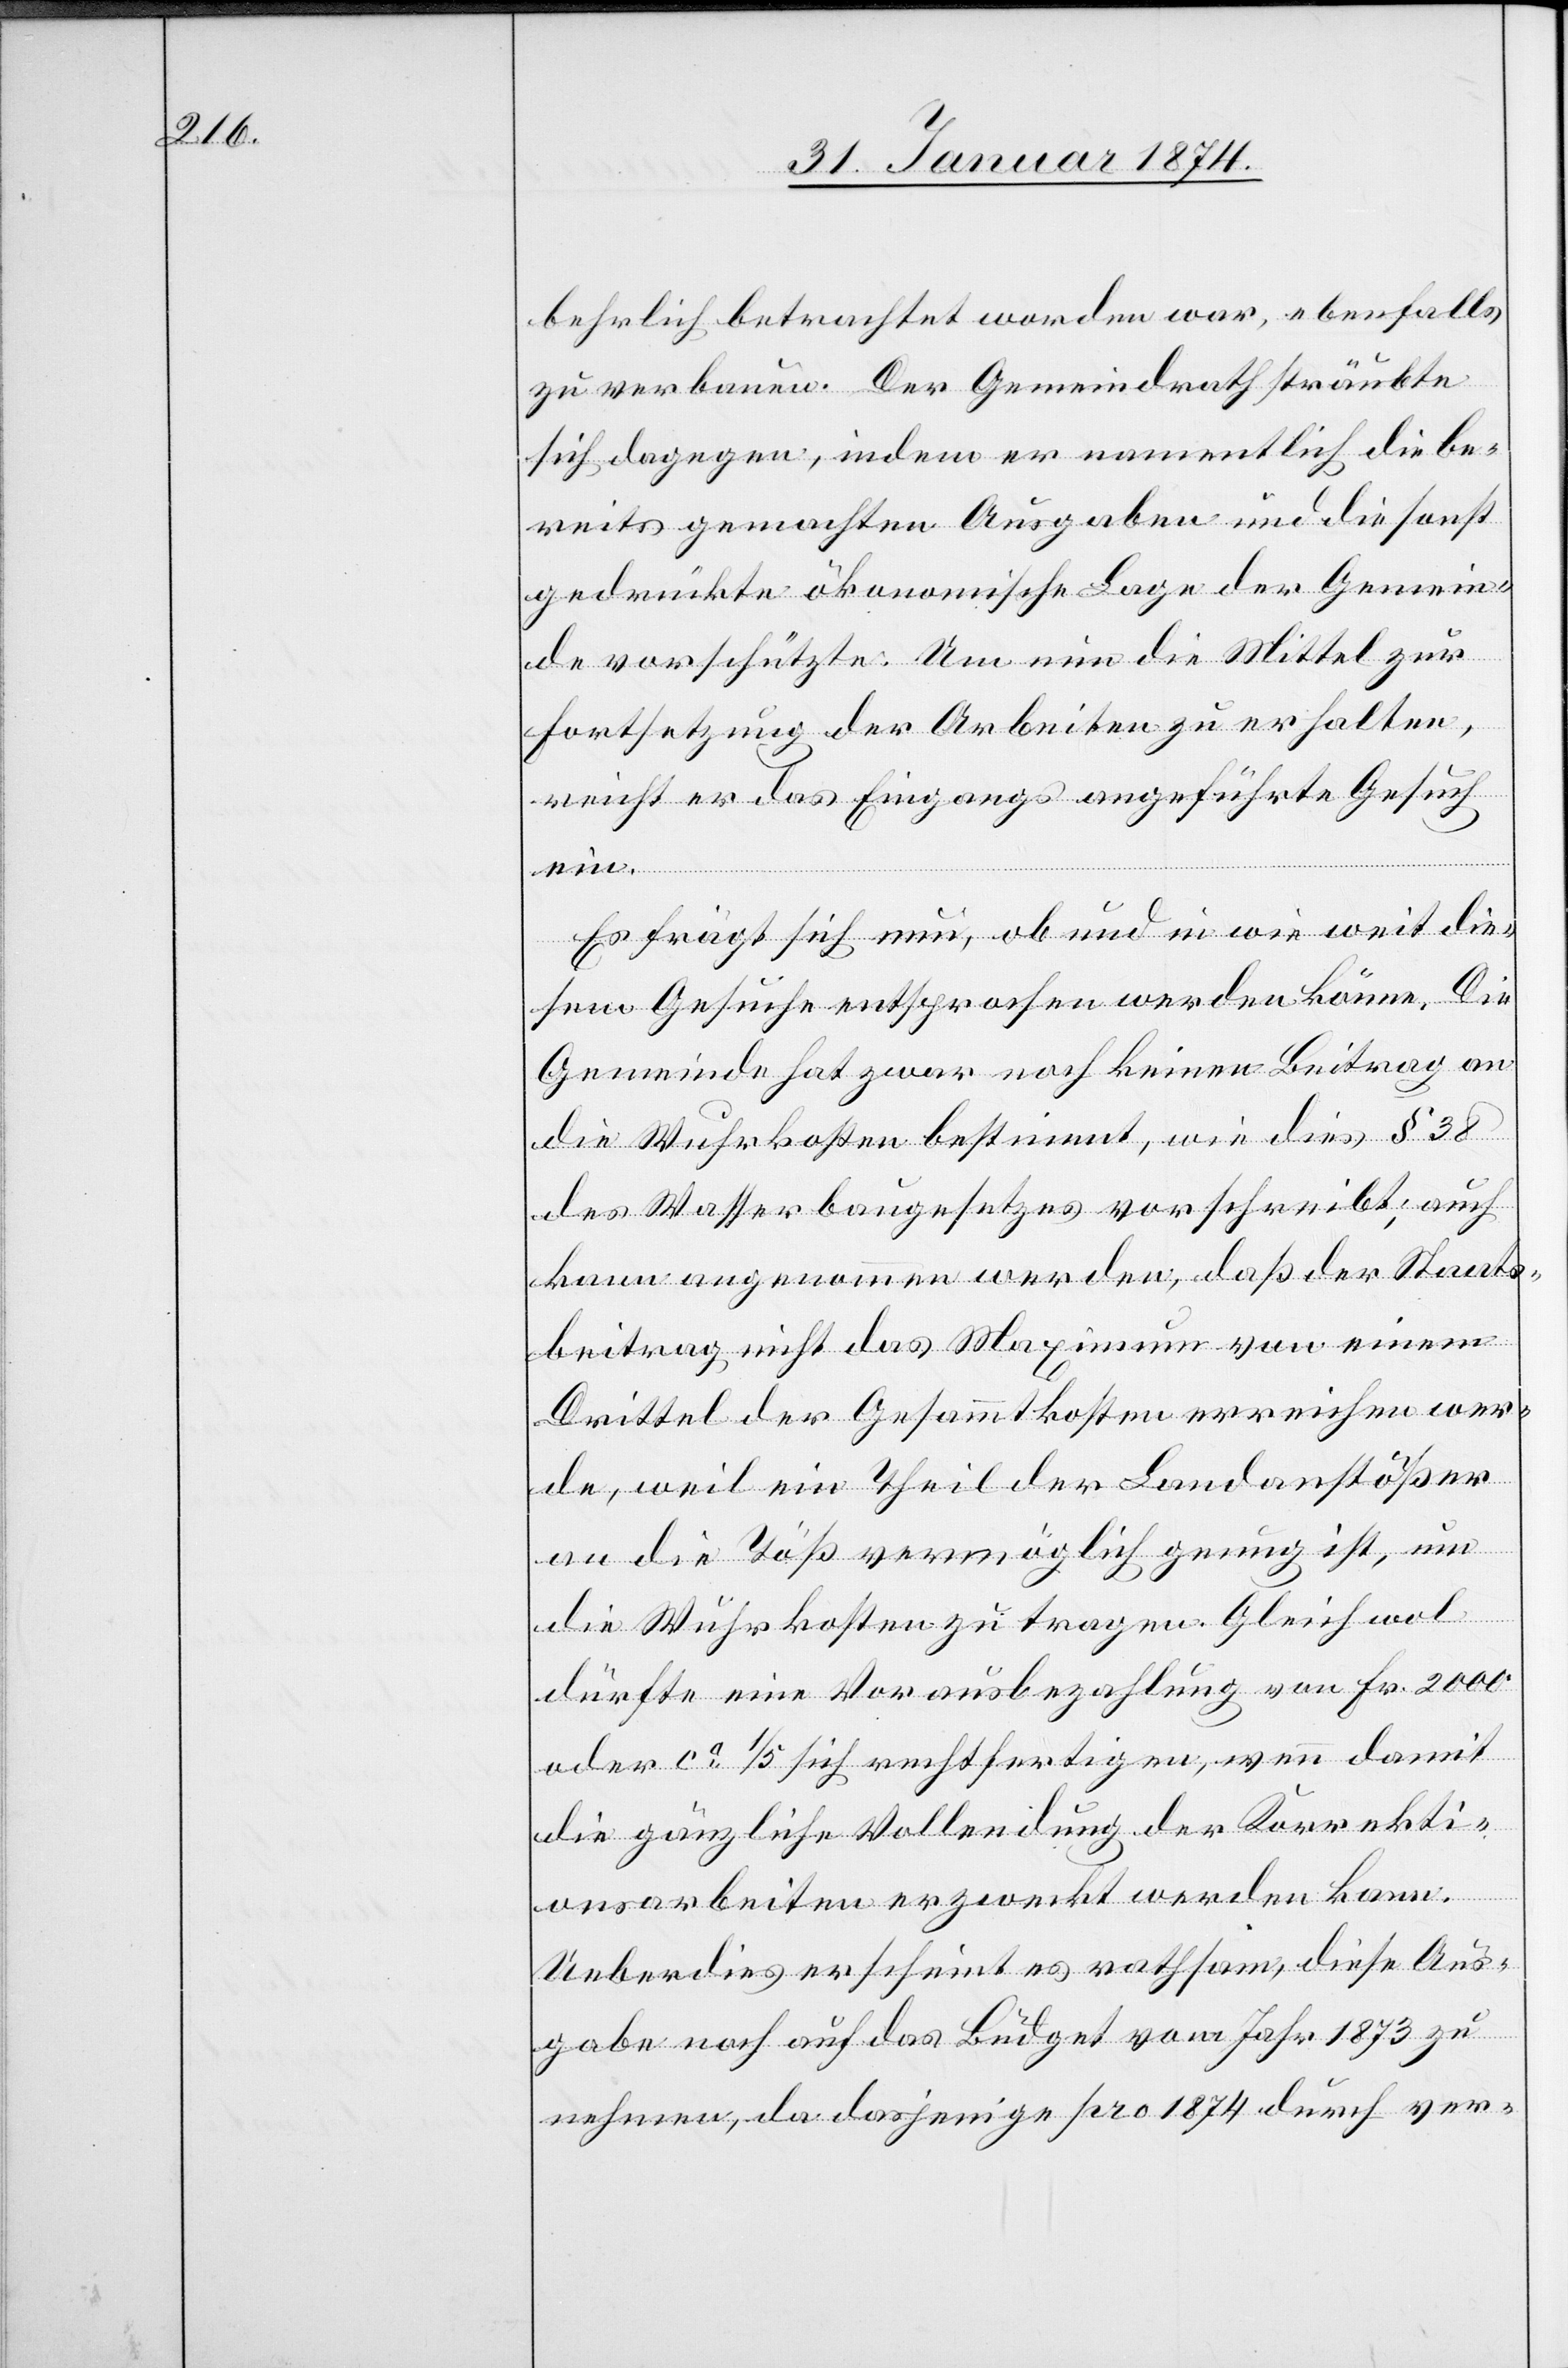
behrlich betrachtet worden war, ebenfalls
zu verbauen. Der Gemeindrath sträubte
sich dagegen, indem er namentlich die be¬
reits gemachten Ausgaben und die sonst
gedrückte ökonomische Lage der Gemein¬
de vorschützte. Um nun die Mittel zur
Fortsetzung der Arbeiten zu erhalten,
reicht er das Eingangs angeführte Gesuch
ein.
Es frägt sich nun, ob und in wie weit die¬
sem Gesuche entsprochen werden könne. Die
Gemeinde hat zwar noch keinen Beitrag an
die Wuhrkosten bestimmt, wie dies § 38
des Wasserbaugesetzes vorschreibt, auch
kann angenommen werden, daß der Staats¬
beitrag nicht das Maximum von einem
Drittel der Gesammtkosten erreichen wer¬
de, weil ein Theil der Landanstößer
an die Töß vermöglich genug ist, um
die Wuhrkosten zu tragen. Gleichwol
dürfte eine Vorausbezahlung von Fr. 2000
oder ca 1/5 sich rechtfertigen, wenn damit
die gänzliche Vollendung der Korrekti¬
onsarbeiten erzweckt werden kann.
Ueberdies erscheint es rathsam, diese Aus¬
gabe noch auf das Budget vom Jahr 1873 zu
nehmen, da dasjenige pro 1874 durch ver-